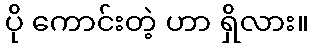
ပို ကောင်းတဲ့ ဟာ ရှိလား။